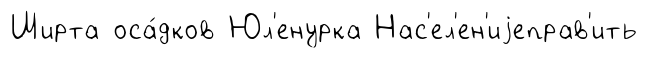
Ширта оса́дков Юл'енурка Нас'ел'ен'иjеправ'ить